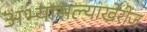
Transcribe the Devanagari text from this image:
अभ्यासल्याखेरीज